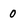
Character: 0